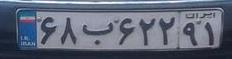
۶۸ب۶۲۲۹۱